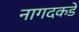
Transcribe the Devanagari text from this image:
नागदकडे